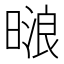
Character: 𰖟